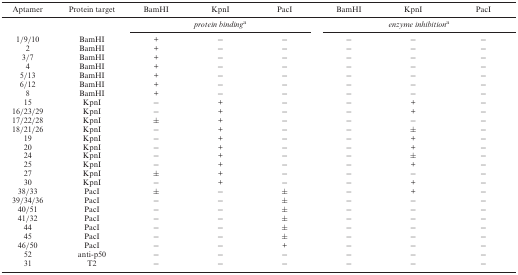
<table><thead><tr><td><b>Aptamer</b></td><td><b>Protein target</b></td><td><b>BamHI</b></td><td><b>KpnI</b></td><td><b>PacI</b></td><td><b>BamHI</b></td><td><b>KpnI</b></td><td><b>PacI</b></td></tr></thead><tbody><tr><td></td><td></td><td colspan="3"><i>protein binding</i><sup>a</sup></td><td colspan="3"><i>enzyme inhibition</i><sup>a</sup></td></tr><tr><td>1/9/10</td><td>BamHI</td><td>+</td><td>−</td><td>−</td><td>−</td><td>−</td><td>−</td></tr><tr><td>2</td><td>BamHI</td><td>+</td><td>−</td><td>−</td><td>−</td><td>−</td><td>−</td></tr><tr><td>3/7</td><td>BamHI</td><td>+</td><td>−</td><td>−</td><td>−</td><td>−</td><td>−</td></tr><tr><td>4</td><td>BamHI</td><td>+</td><td>−</td><td>−</td><td>−</td><td>−</td><td>−</td></tr><tr><td>5/13</td><td>BamHI</td><td>+</td><td>−</td><td>−</td><td>−</td><td>−</td><td>−</td></tr><tr><td>6/12</td><td>BamHI</td><td>+</td><td>−</td><td>−</td><td>−</td><td>−</td><td>−</td></tr><tr><td>8</td><td>BamHI</td><td>+</td><td>−</td><td>−</td><td>−</td><td>−</td><td>−</td></tr><tr><td>15</td><td>KpnI</td><td>−</td><td>+</td><td>−</td><td>−</td><td>+</td><td>−</td></tr><tr><td>16/23/29</td><td>KpnI</td><td>−</td><td>+</td><td>−</td><td>−</td><td>+</td><td>−</td></tr><tr><td>17/22/28</td><td>KpnI</td><td>±</td><td>+</td><td>−</td><td>−</td><td>−</td><td>−</td></tr><tr><td>18/21/26</td><td>KpnI</td><td>−</td><td>+</td><td>−</td><td>−</td><td>±</td><td>−</td></tr><tr><td>19</td><td>KpnI</td><td>−</td><td>+</td><td>−</td><td>−</td><td>+</td><td>−</td></tr><tr><td>20</td><td>KpnI</td><td>−</td><td>+</td><td>−</td><td>−</td><td>+</td><td>−</td></tr><tr><td>24</td><td>KpnI</td><td>−</td><td>+</td><td>−</td><td>−</td><td>±</td><td>−</td></tr><tr><td>25</td><td>KpnI</td><td>−</td><td>+</td><td>−</td><td>−</td><td>+</td><td>−</td></tr><tr><td>27</td><td>KpnI</td><td>±</td><td>+</td><td>−</td><td>−</td><td>−</td><td>−</td></tr><tr><td>30</td><td>KpnI</td><td>−</td><td>+</td><td>−</td><td>−</td><td>+</td><td>−</td></tr><tr><td>38/33</td><td>PacI</td><td>±</td><td>−</td><td>±</td><td>−</td><td>+</td><td>−</td></tr><tr><td>39/34/36</td><td>PacI</td><td>−</td><td>−</td><td>±</td><td>−</td><td>−</td><td>−</td></tr><tr><td>40/51</td><td>PacI</td><td>−</td><td>−</td><td>±</td><td>−</td><td>−</td><td>−</td></tr><tr><td>41/32</td><td>PacI</td><td>−</td><td>−</td><td>±</td><td>−</td><td>−</td><td>−</td></tr><tr><td>44</td><td>PacI</td><td>−</td><td>−</td><td>±</td><td>−</td><td>−</td><td>−</td></tr><tr><td>45</td><td>PacI</td><td>−</td><td>−</td><td>±</td><td>−</td><td>−</td><td>−</td></tr><tr><td>46/50</td><td>PacI</td><td>−</td><td>−</td><td>+</td><td>−</td><td>−</td><td>−</td></tr><tr><td>52</td><td>anti-p50</td><td>−</td><td>−</td><td>−</td><td>−</td><td>−</td><td>−</td></tr><tr><td>31</td><td>T2</td><td>−</td><td>−</td><td>−</td><td>−</td><td>−</td><td>−</td></tr></tbody></table>